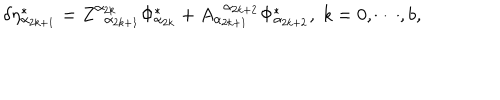
\delta \eta _ { \alpha _ { 2 k + 1 } } ^ { * } = Z _ { \; \; \alpha _ { 2 k + 1 } } ^ { \alpha _ { 2 k } } \Phi _ { \alpha _ { 2 k } } ^ { * } + A _ { \alpha _ { 2 k + 1 } } ^ { \; \; \alpha _ { 2 k + 2 } } \Phi _ { \alpha _ { 2 k + 2 } } ^ { * } , \; k = 0 , \cdots , b ,